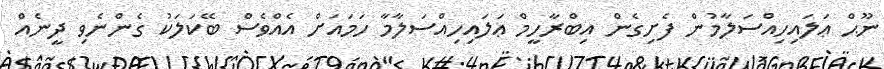
ނޫޙް ޢަލައިހިއްސަލާމުން ފެށިގެން އިބްރާހީމް ޢަލައިހިއްސަލާމާ ހަމައަށް އެއްވެސް ބޭކަލަކު ގެންނެވި ދީނެއް